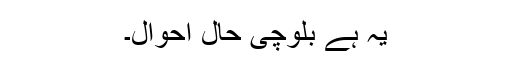
یہ ہے بلوچی حال احوال۔